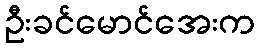
ဦးခင်မောင်အေးက